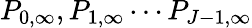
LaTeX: P_{0,\infty},P_{1,\infty}\cdots P_{J-1,\infty}